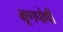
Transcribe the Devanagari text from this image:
भ्रूणपोषी